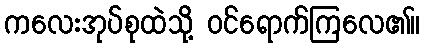
ကလေးအုပ်စုထဲသို့ ဝင်ရောက်ကြလေ၏။